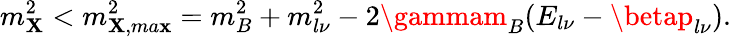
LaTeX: m_{\mathbf{X}}^{2}<m_{\mathbf{X},ma\mathbf{x}}^{2}=m_{B}^{2}+m_{l\nu}^{2}-2\gammam_{B}(E_{l\nu}-\betap_{l\nu}).